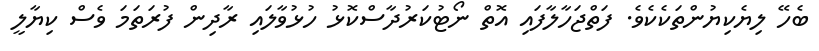
ބެހޭ ލިޔެކިޔުންތަކެކެވެ. ފަތްޖަހާލާފައި އޮތް ނޯޓުކަރުދާސްކޮޅު ހުޅުވާލައި ރާދިން ފުރަތަމަ ވެސް ކިޔާލީ